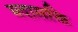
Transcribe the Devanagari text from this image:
मदासक्ति